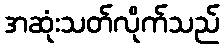
အဆုံးသတ်လိုက်သည်